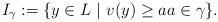
LaTeX: \begin{align*}I_\gamma:=\{y\in L\ |\ v(y)\ge aa\in\gamma\}.\end{align*}